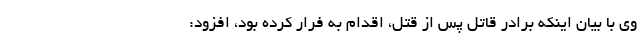
وی با بیان اینکه برادرِ قاتل پس از قتل، اقدام به فرار کرده بود، افزود: